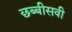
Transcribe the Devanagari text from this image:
छब्बीसवी